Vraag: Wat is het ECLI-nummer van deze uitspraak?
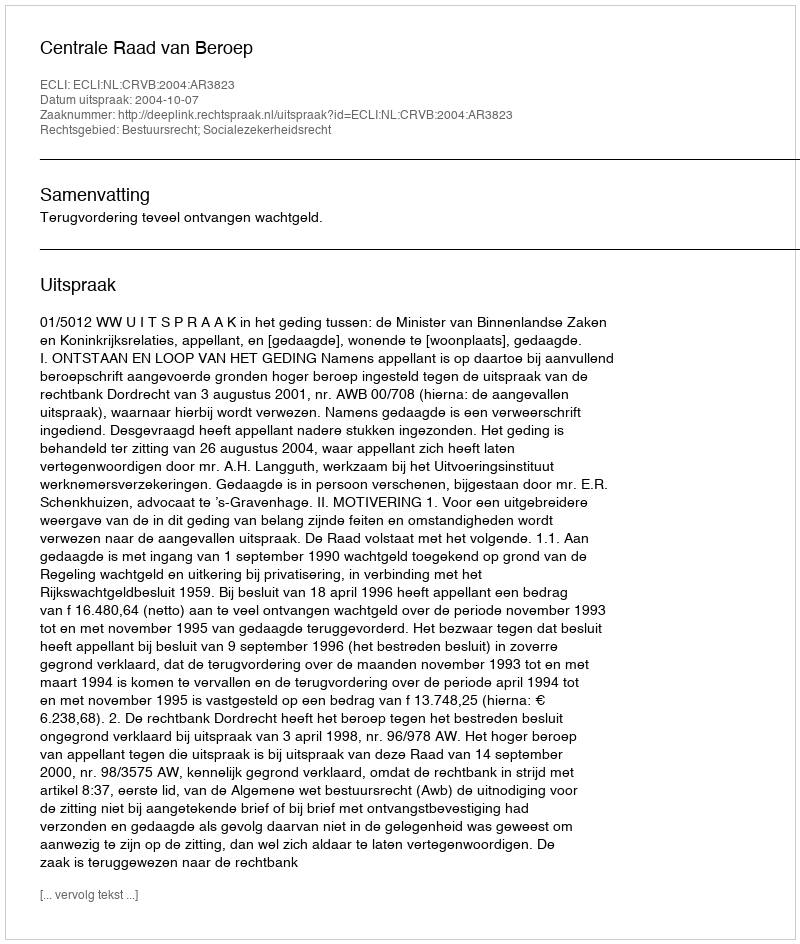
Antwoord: ECLI:NL:CRVB:2004:AR3823